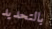
بالتحديد